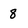
Character: 8